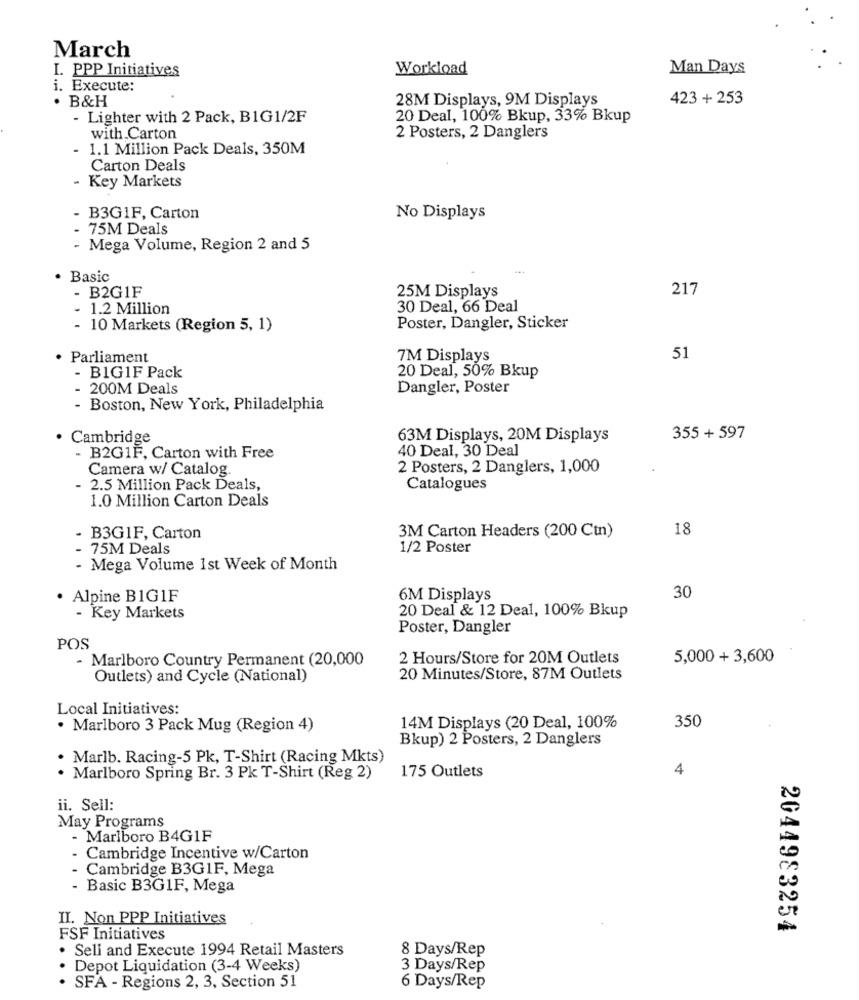
March
I. PPP Initiatives
Workload
Man Days
i. Execute:
. B&H
28M Displays, 9M Displays
423 + 253
- Lighter with 2 Pack, B1G1/2F
20 Deal, 100% Bkup, 33% Bkup
with Carton
2 Posters, 2 Danglers
- 1.1 Million Pack Deals, 350M
Carton Deals
- Key Markets
B3GIF, Carton
No Displays
75M Deals
- Mega Volume, Region 2 and 5
. Basic
- B2G1F
25M Displays
217
- 1.2 Million
30 Deal, 66 Deal
- 10 Markets (Region 5, 1)
Poster, Dangler, Sticker
Parliament
7M Displays
51
- BIG1F Pack
20 Deal, 50% Bkup
200M Deals
Dangler, Poster
- Boston, New York, Philadelphia
Cambridge
63M Displays, 20M Displays
355 + 597
40 Deal, 30 Deal
B2G1F, Carton with Free
Camera w/ Catalog
2 Posters, 2 Danglers, 1,000
2.5 Million Pack Deals,
Catalogues
1.0 Million Carton Deals
18
B3G1F, Carton
3M Carton Headers (200 Ctn)
- 75M Deals
1/2 Poster
- Mega Volume 1st Week of Month
30
· Alpine BIG1F
6M Displays
- Key Markets
20 Deal & 12 Deal, 100% Bkup
Poster, Dangler
POS
- Marlboro Country Permanent (20,000
2 Hours/Store for 20M Outlets
5,000 + 3,600
Outlets) and Cycle (National)
20 Minutes/Store, 87M Outlets
Local Initiatives:
350
· Marlboro 3 Pack Mug (Region 4)
14M Displays (20 Deal, 100%
Bkup) 2 Posters, 2 Danglers
. Marlb. Racing-5 Pk, T-Shirt (Racing Mkts)
175 Outlets
4
. Marlboro Spring Br. 3 Pk T-Shirt (Reg 2)
ii. Sell:
May Programs
- Marlboro B4G1F
- Cambridge Incentive w/Carton
- Cambridge B3G1F, Mega
- Basic B3G1F, Mega
II. Non PPP Initiatives
2044983254
FSF Initiatives
· Seli and Execute 1994 Retail Masters
8 Days/Rep
Depot Liquidation (3-4 Weeks)
3 Days/Rep
SFA - Regions 2, 3, Section 51
6 Days/Rep